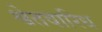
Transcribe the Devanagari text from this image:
श्वेतवारिध